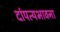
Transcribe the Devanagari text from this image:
दांपत्यभावना